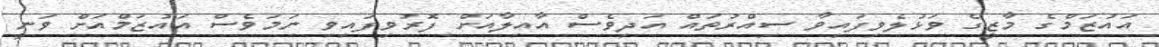
އައުޒަމްގެ މާޒީގެ ވަޅުލެވިފައިވާ ސިއްރުތައް އަދިވެސް އާއިލާއަށް ފޮރުވިފައިވި ނަމަވެސް އައުޒަމްއަށް ވަނީ